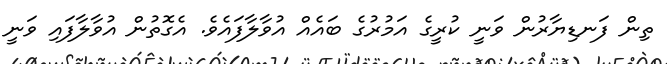
ތިން ފަނޑިޔާރުން ވަނީ ކުރީގެ އަމުރުގެ ބައެއް އުވާލާފައެވެ. އެގޮތުން އުވާލާފައި ވަނީ